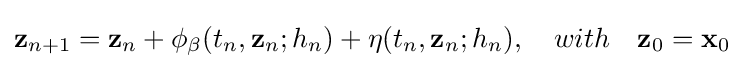
\mathbf {z} _{n+1}=\mathbf {z} _{n}+\mathbf {\phi } _{\mathbb {\beta } }(t_{n},\mathbf {z} _{n};h_{n})+\mathbf {\eta } (t_{n},\mathbf {z} _{n};h_{n}),\quad with\quad \mathbf {z} _{0}=\mathbf {x} _{0}